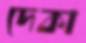
দেকা